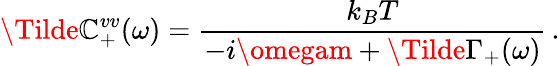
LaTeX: \Tilde{\mathbb{C}}_{+}^{vv}(\omega)=\frac{{k_{B}T}}{{-i\omegam+\Tilde{\Gamma}_{+}(\omega)}}\, .